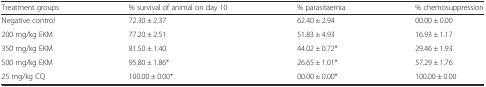
<table><thead><tr><td><b>Treatment groups</b></td><td><b>% survival of animal on day 10</b></td><td><b>% parasitaemia</b></td><td><b>% chemosuppression</b></td></tr></thead><tbody><tr><td>Negative control</td><td>72.30 ± 2.37</td><td>62.40 ± 2.94</td><td>00.00 ± 0.00</td></tr><tr><td>200 mg/kg EKM</td><td>77.20 ± 2.51</td><td>51.83 ± 4.93</td><td>16.93 ± 1.17</td></tr><tr><td>350 mg/kg EKM</td><td>81.50 ± 1.40</td><td>44.02 ± 0.72*</td><td>29.46 ± 1.93</td></tr><tr><td>500 mg/kg EKM</td><td>95.80 ± 1.86*</td><td>26.65 ± 1.01*</td><td>57.29 ± 1.76</td></tr><tr><td>25 mg/kg CQ</td><td>100.00 ± 0.00*</td><td>00.00 ± 0.00*</td><td>100.00 ± 0.00</td></tr></tbody></table>